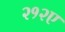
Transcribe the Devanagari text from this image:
२१२ए